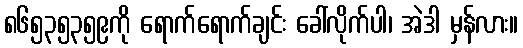
၈၆၅၃၅၃၅၉ကို ရောက်ရောက်ချင်း ခေါ်လိုက်ပါ၊ အဲဒါ မှန်လား။